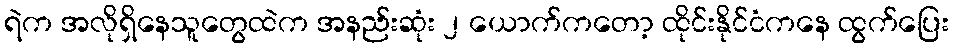
ရဲက အလိုရှိနေသူတွေထဲက အနည်းဆုံး ၂ ယောက်ကတော့ ထိုင်းနိုင်ငံကနေ ထွက်ပြေး